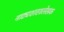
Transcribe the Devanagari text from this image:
नाट्यशास्त्रलेखक